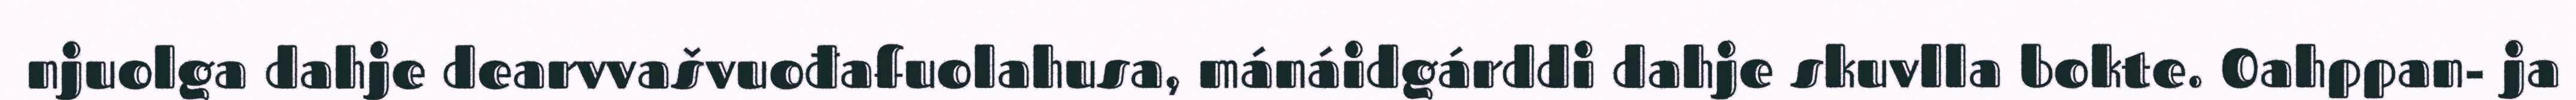
njuolga dahje dearvvašvuođafuolahusa, mánáidgárddi dahje skuvlla bokte. Oahppan- ja